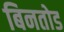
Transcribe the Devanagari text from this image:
बिनतोड